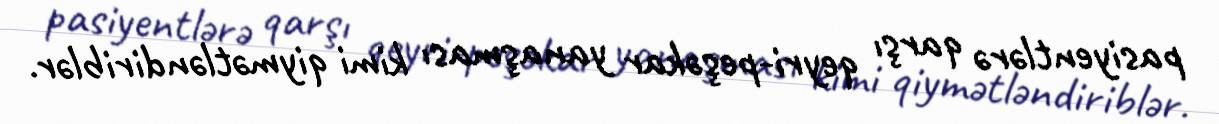
pasiyentlərə qarşı qeyri-peşəkar yanaşması kimi qiymətləndiriblər.